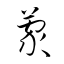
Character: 蒙